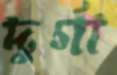
দুর্গা